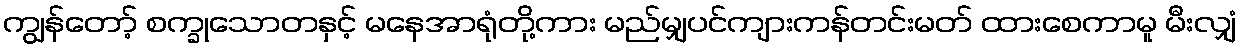
ကျွန်တော့် စက္ခုသောတနှင့် မနေအာရုံတို့ကား မည်မျှပင်ကျားကန်တင်းမတ် ထားစေကာမူ မီးလျှံ